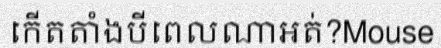
កើតតាំងបីពេលណាអត់?Mouse